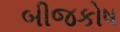
બીજકોષ